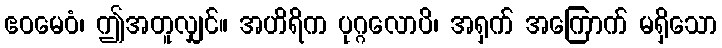
ဧဝမေဝံ၊ ဤအတူလျှင်။ အဟိရိက ပုဂ္ဂလောပိ၊ အရှက် အကြောက် မရှိသော